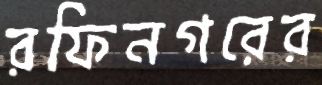
রফিনগরের